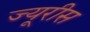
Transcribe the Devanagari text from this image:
ज्यूरीस